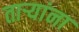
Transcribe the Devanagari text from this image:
तार्‍यांना